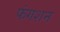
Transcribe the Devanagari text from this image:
फंगशन